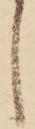
し